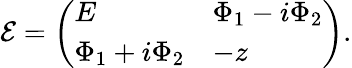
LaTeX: {\cal E}=\left(\begin{array}{ll}{{E}}&{{\Phi_{1}-i\Phi_{2}}}\\ {{\Phi_{1}+i\Phi_{2}}}&{{-z}}\end{array}\right).